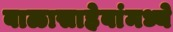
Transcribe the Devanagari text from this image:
बाळासाहेबांमध्ये